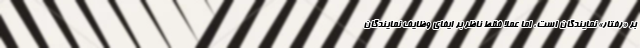
بر «رفتار» نمایندگان است، اما عملاً فقط ناظر بر ایفای وظایف نمایندگان